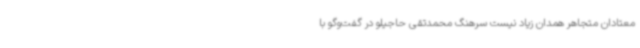
معتادان متجاهر همدان زیاد نیست سرهنگ محمدتقی حاجیلو در گفت‌وگو با